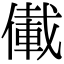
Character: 儎